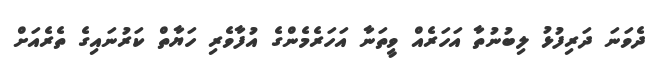
ދެވަނަ ދަރިފުޅު ލިބުނުތާ އަހަރެއް ވީތަނާ އަހަރެމެންގެ އުފާވެރި ހަޔާތް ކަރުނައިގެ ތެރެއަށް